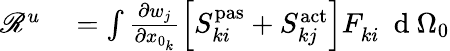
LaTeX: \begin{array}{rl}{\mathscr{R}^{u}}&{{}=\int\frac{\partial w_{j}}{\partial x_{0_{k}}}\left[S_{ki}^{\mathrm{{pas}}}+S_{kj}^{\mathrm{{act}}}\right]F_{ki}^{\phantom{}}\ \mathrm{~d~}{\Omega_{0}}}\end{array}